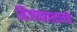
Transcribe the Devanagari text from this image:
निजपकाशानंद